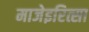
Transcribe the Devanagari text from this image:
माजेइरित्सा